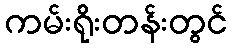
ကမ်းရိုးတန်းတွင်